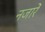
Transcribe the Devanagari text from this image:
नजारें